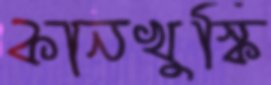
কানখুস্কি